Burma Government Medical School reports 1907-22
Year: 1907
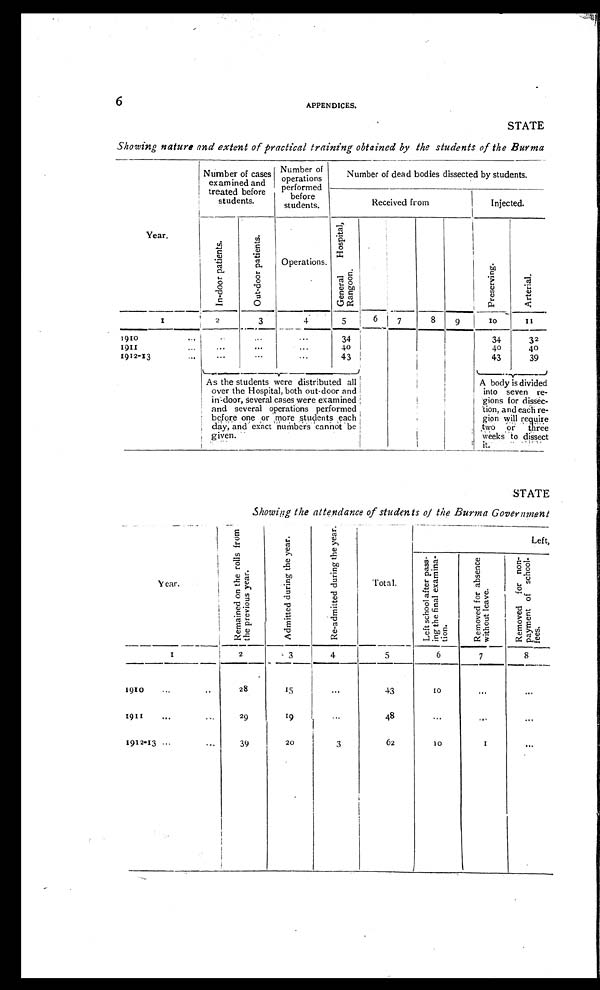
6
APPENDICES.
STATE
Showing nature and extent of practical training obtained by the students of the Burma
Year.
Number of cases
examined and
treated before
students.
Number of
operations
performed
before
students.
Number of dead bodies dissected by students.
Received from
Injected.
I n - d o o r p a t i e n t s .
O u t - d o o r p a t i e n t s .
Operations.
G e n e r a l H o s p i t a l , R a n g o o n .
P r e s e r v i n g .
Ar t e r i a l .
1
2
3
4
5
6
7
8
9
10
11
1910
... . . .
...
...
34
34
32
1911
... ...
... ...
40
40
40
1912-13
...
...
...
...
43
43
39
As the students were distributed all
over the Hospital, both out-door and
in-door, several cases were examined
and several operations performed
before one for more students each
day, and exact numbers cannot be
given.
A body is divided
into seven re-
gions for
dissec-
tion, and each re-
gion will require
two or three
weeks to dissect
it.
STATE
Showing the attendance of students of the Burma Government
Y e a r .
R e m a i n e d o n t h e r o l l s f r o m t h e p r e v i o u s y e a r .
A d m i t t e d d u r i n g t h e y e a r .
R e - a d m i t t e d d u r i n g t h e y e a r .
Total.
Left,
L e f t s c h o o l a f t e r p a s s -
i n g t h e f i n a l e x a m i n a - t i o n .
R e m o v e d f o r a b s e n c e w i t h o u t l e a v e .
R e m o v e d f o r n o n - p a y m e n t o f s c h o o l - f e e s .
1
2
3
4
5
6
7
8
1910
...
..
28
15
...
43
10
...
...
1911
...
...
29
19
...
48
...
...
...
1912-13 ...
...
39
20
3
62
10
1
...